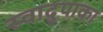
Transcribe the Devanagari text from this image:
स्वादुपाका